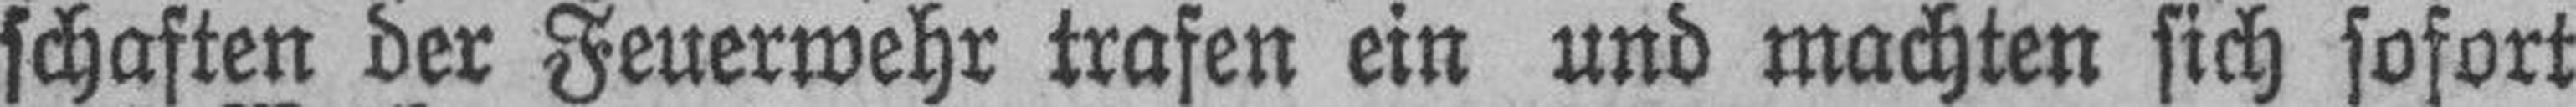
schaften der Feuerwehr trafen ein und machten sich sofort